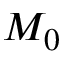
M _ { 0 }